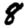
Digit: 8